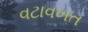
વટાવખત